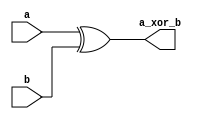
/* ----------------------------------------------------------------------------
Descrio: 
Este mdulo compara dois bits e indica se so diferentes (Ou-Exclusivo)
-----------------------------------------------------------------------------*/

module paridade_1_bit
  (
  input a, b,              	// entrada: bit "a" e "b" que sero comparados
  output a_xor_b            	// saida: sai 1 se "a"  diferente de "b"
  );
      
  assign a_xor_b = a ^ b;     // XOR

endmodule